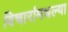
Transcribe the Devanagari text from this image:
विचारांमधल्या